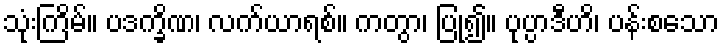
သုံးကြိမ်။ ပဒက္ခိဏ၊ လက်ယာရစ်။ ကတွာ၊ ပြု၍။ ပုပ္ပာဒီဟိ၊ ပန်းစသော